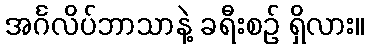
အင်္ဂလိပ်ဘာသာနဲ့ ခရီးစဉ် ရှိလား။